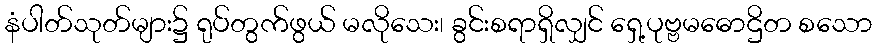
နံပါတ်သုတ်များ၌ ရုပ်တွက်ဖွယ် မလိုသေး၊ ခွင်းစရာရှိလျှင် ရှေ့ပုဗ္ဗမဓောဌိတ စသော